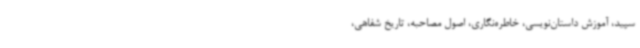
سپید، آموزش داستان‌نویسی، خاطره‌نگاری، اصول مصاحبه، تاریخ شفاهی،